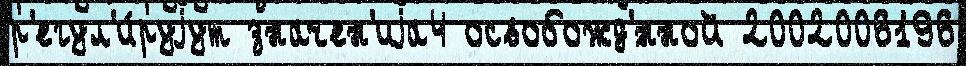
р'егул'и́руjут значен'иjа4 освобожд'́нной 2002006196